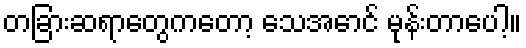
တခြားဆရာတွေကတော့ သေအောင် မုန်းတာပေါ့။